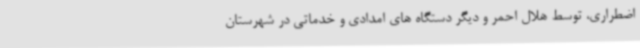
اضطراری، توسط هلال احمر و دیگر دستگاه های امدادی و خدماتی در شهرستان